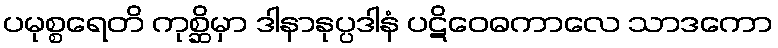
ပမုစ္စရေတိ ကုစ္ဆိမှာ ဒါနာနုပ္ပဒါနံ ပဋိဝေဓကာလေ သာဒကော